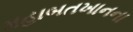
મહાબતખાનના